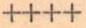
++++